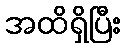
အထိရှိပြီး